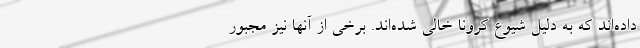
داده‌اند که به دلیل شیوع کرونا خالی شده‌اند. برخی از آنها نیز مجبور